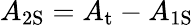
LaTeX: A_{\mathrm{{2S}}}=A_{\mathrm{{t}}}-A_{\mathrm{{1S}}}